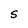
Character: S